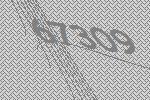
67309